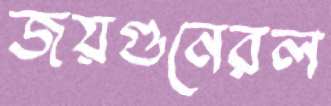
জয়গুনেরল